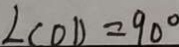
\angle C O D = 9 0 ^ { \circ }